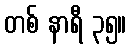
တစ် နာရီ ၃၅။